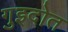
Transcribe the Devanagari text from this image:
गुइदोत